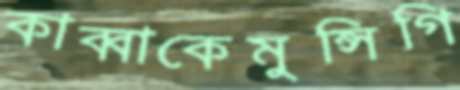
কাব্বাকেমুন্সিগি